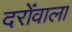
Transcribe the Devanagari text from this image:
दरोंवाला